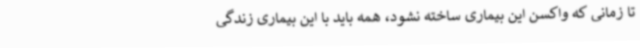
تا زمانی که واکسن این بیماری ساخته نشود، همه باید با این بیماری زندگی